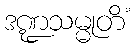
ဒဏ္ဍသမ္မုတိံ